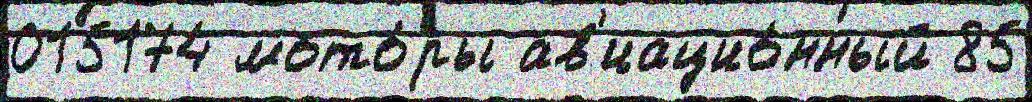
015174 мото́ры ав'иацио́нный 85